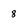
Character: 8